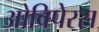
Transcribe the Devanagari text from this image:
ओविपेरस